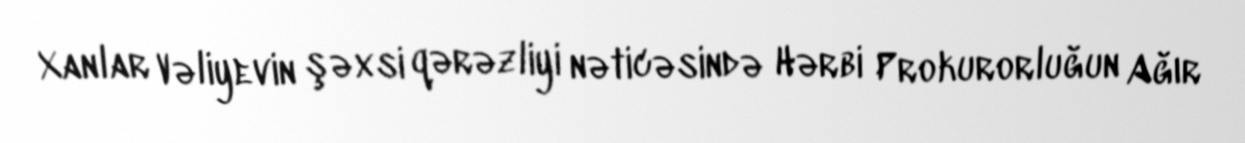
Xanlar Vəliyevin şəxsi qərəzliyi nəticəsində Hərbi Prokurorluğun Ağır